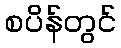
စပိန်တွင်